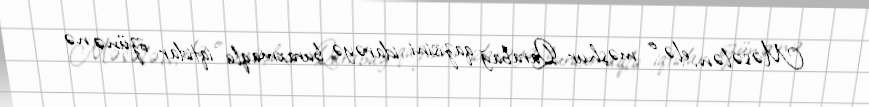
Məsələn, elə o məşhur Qarabağ qazisini idarəyə buraxmaqla iqtidar özünə nə